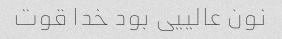
نون عالییی بود خدا قوت